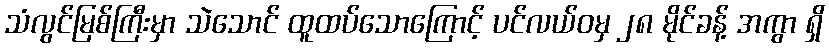
သံလွင်မြစ်ကြီးမှာ သဲသောင် ထူထပ်သောကြောင့် ပင်လယ်ဝမှ ၂၈ မိုင်ခန့် အကွာ ရှိ